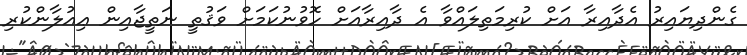
ގެންދިޔައިރު އެދާއިރާ އަށް ކުރިމަތިލައްވާ އެ ދާއިރާއަށް ހޮވުނުކަމަށް ވަޤުތީ ނަތީޖާއިން ޢިއުލާންކުރި